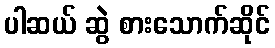
ပါဆယ် ဆွဲ စားသောက်ဆိုင်